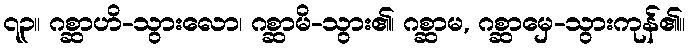
၇၃။ ဂစ္ဆာဟိ-သွားလော၊ ဂစ္ဆာမိ-သွား၏၊ ဂစ္ဆာမ, ဂစ္ဆာမှေ-သွားကုန်၏၊၊